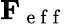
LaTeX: \mathbf{F}_{\mathrm{~e~f~f~}}